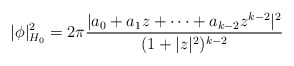
\begin{align*} |\phi|_{H_0}^2=2\pi\frac{|a_0+a_1z+\dots+a_{k-2}z^{k-2}|^2}{(1+|z|^2)^{k-2}}\end{align*}